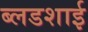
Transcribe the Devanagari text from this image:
ब्लडशाई